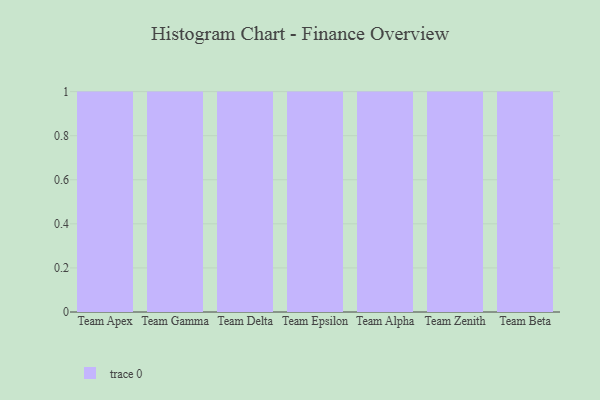
{"axis": {"x": "Team", "y": "Demand Index"}, "legend": [""], "data": [{"x": "Team Apex", "y": 63, "type": ""}, {"x": "Team Gamma", "y": 60, "type": ""}, {"x": "Team Delta", "y": 58, "type": ""}, {"x": "Team Epsilon", "y": 10, "type": ""}, {"x": "Team Alpha", "y": 19, "type": ""}, {"x": "Team Zenith", "y": 53, "type": ""}, {"x": "Team Beta", "y": 10, "type": ""}]}